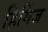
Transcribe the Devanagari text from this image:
हिगिंज